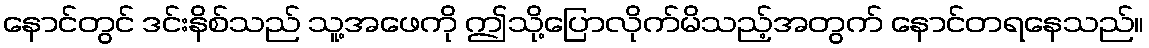
နောင်တွင် ဒင်းနိစ်သည် သူ့အဖေကို ဤသို့ပြောလိုက်မိသည့်အတွက် နောင်တရနေသည်။